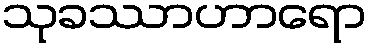
သုခဿာဟာရော